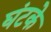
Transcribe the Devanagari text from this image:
घंटके